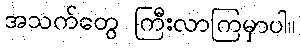
အသက်တွေ ကြီးလာကြမှာပါ။